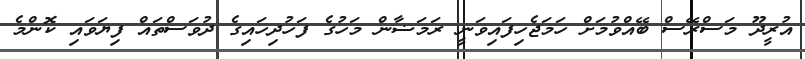
އުރީދޫ މަސްރޭސް ބޭއްވުމަށް ހަމަޖެހިފައިވަނީ ރަމަޟާން މަހުގެ ފަހުދިހައިގެ ދުވަސްތައް ފިޔަވައި ކޮންމެ